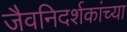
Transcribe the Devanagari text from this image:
जैवनिदर्शकांच्या